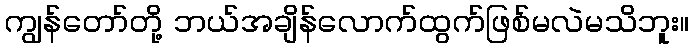
ကျွန်တော်တို့ ဘယ်အချိန်လောက်ထွက်ဖြစ်မလဲမသိဘူး။